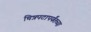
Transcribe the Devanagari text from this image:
चित्रपटापर्यंतच्या